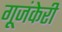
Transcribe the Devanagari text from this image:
गूजंकेरी